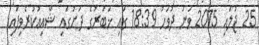
25 ޖުލައި 2015 ވަނަ ދުވަހު 18:39 ގައި ޚަބަރުގެ ދަށުގައި ޝާއިޢުކުރެވިފައި.